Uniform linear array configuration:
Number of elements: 4
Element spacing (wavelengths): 0.25
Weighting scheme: uniform
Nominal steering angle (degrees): -60
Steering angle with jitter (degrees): -61.405
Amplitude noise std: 0.05
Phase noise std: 0.05

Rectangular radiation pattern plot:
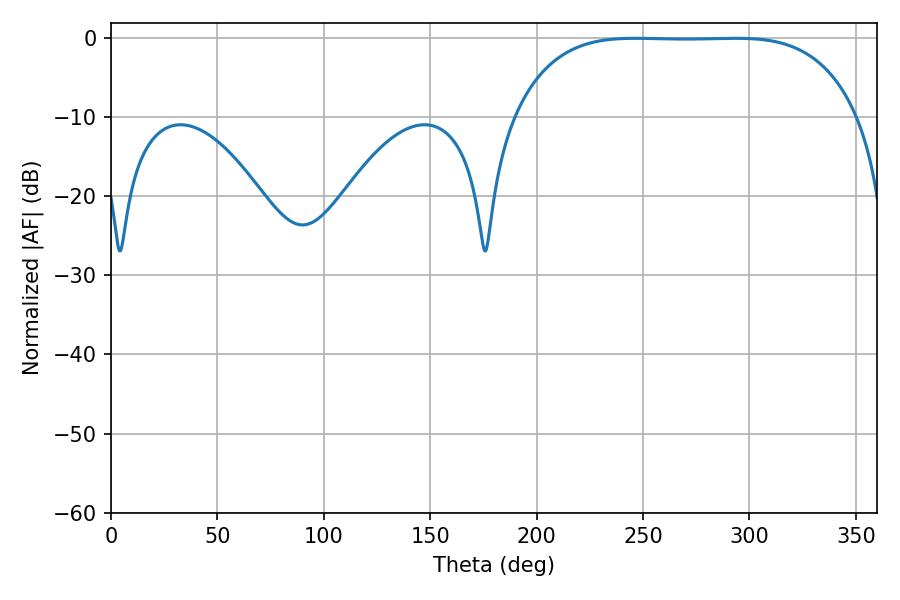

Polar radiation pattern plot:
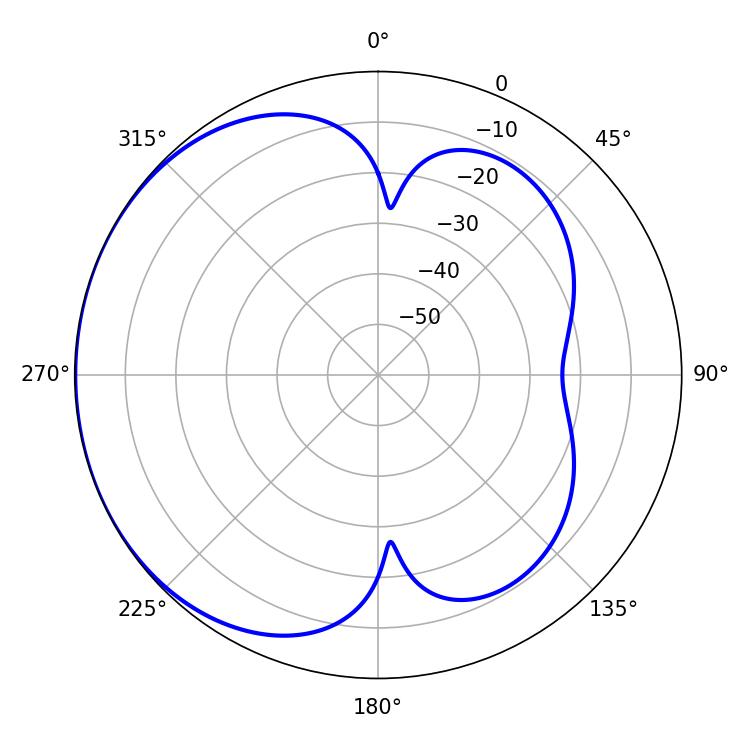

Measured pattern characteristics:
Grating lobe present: FALSE
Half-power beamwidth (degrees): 124.56
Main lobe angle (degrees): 246.42